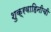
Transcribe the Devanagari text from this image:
शुक्रवाहिनीची